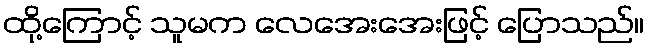
ထို့ကြောင့် သူမက လေအေးအေးဖြင့် ပြောသည်။